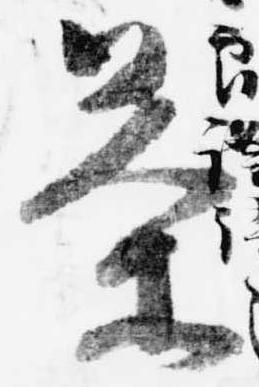
茶